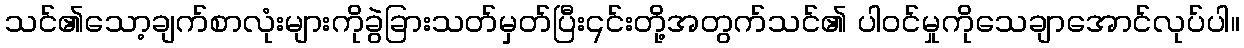
သင်၏သော့ချက်စာလုံးများကိုခွဲခြားသတ်မှတ်ပြီး၎င်းတို့အတွက်သင်၏ ပါဝင်မှုကိုသေချာအောင်လုပ်ပါ။